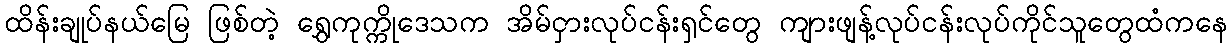
ထိန်းချုပ်နယ်မြေ ဖြစ်တဲ့ ရွှေကုက္ကိုဒေသက အိမ်ငှားလုပ်ငန်းရှင်တွေ ကျားဖျန့်လုပ်ငန်းလုပ်ကိုင်သူတွေထံကနေ